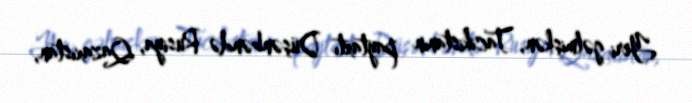
Yeri gəlmişkən, Tacikistanın paytaxtı Düşənbəndə Rusiya, Qazaxıstan,